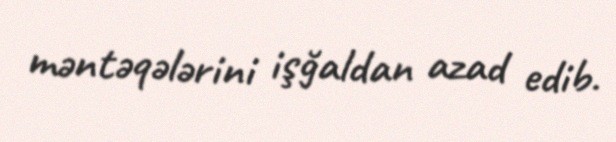
məntəqələrini işğaldan azad edib.